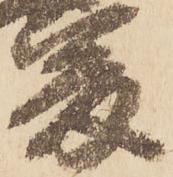
爰